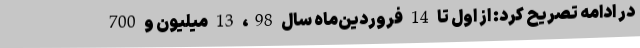
در ادامه تصریح کرد: از اول تا 14 فروردین‌ماه سال 98، 13 میلیون و 700